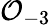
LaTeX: {\mathcal{O}}_{-3}